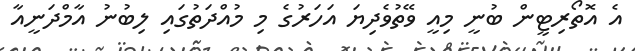
އެ އޮތޯރިޓީން ބުނީ މިއީ ވޭތުވެދިޔަ އަހަރުގެ މި މުއްދަތުގައި ލިބުނު އާމްދަނީއާ